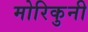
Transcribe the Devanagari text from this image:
मोरिकुनी